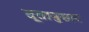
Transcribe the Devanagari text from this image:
दूतानुसार